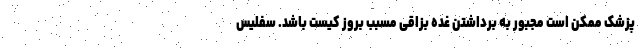
پزشک ممکن است مجبور به برداشتن غده بزاقی مسبب بروز کیست باشد. سفلیس